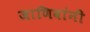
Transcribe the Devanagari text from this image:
जाणिवांनी